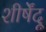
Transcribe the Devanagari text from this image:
शीर्षेंदू